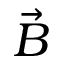
\vec { B }